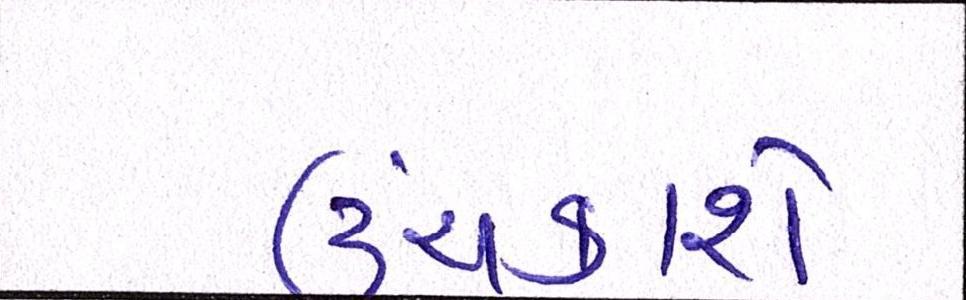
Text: ઉંચકાશે